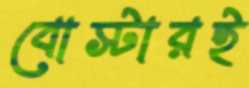
বোস্টারই